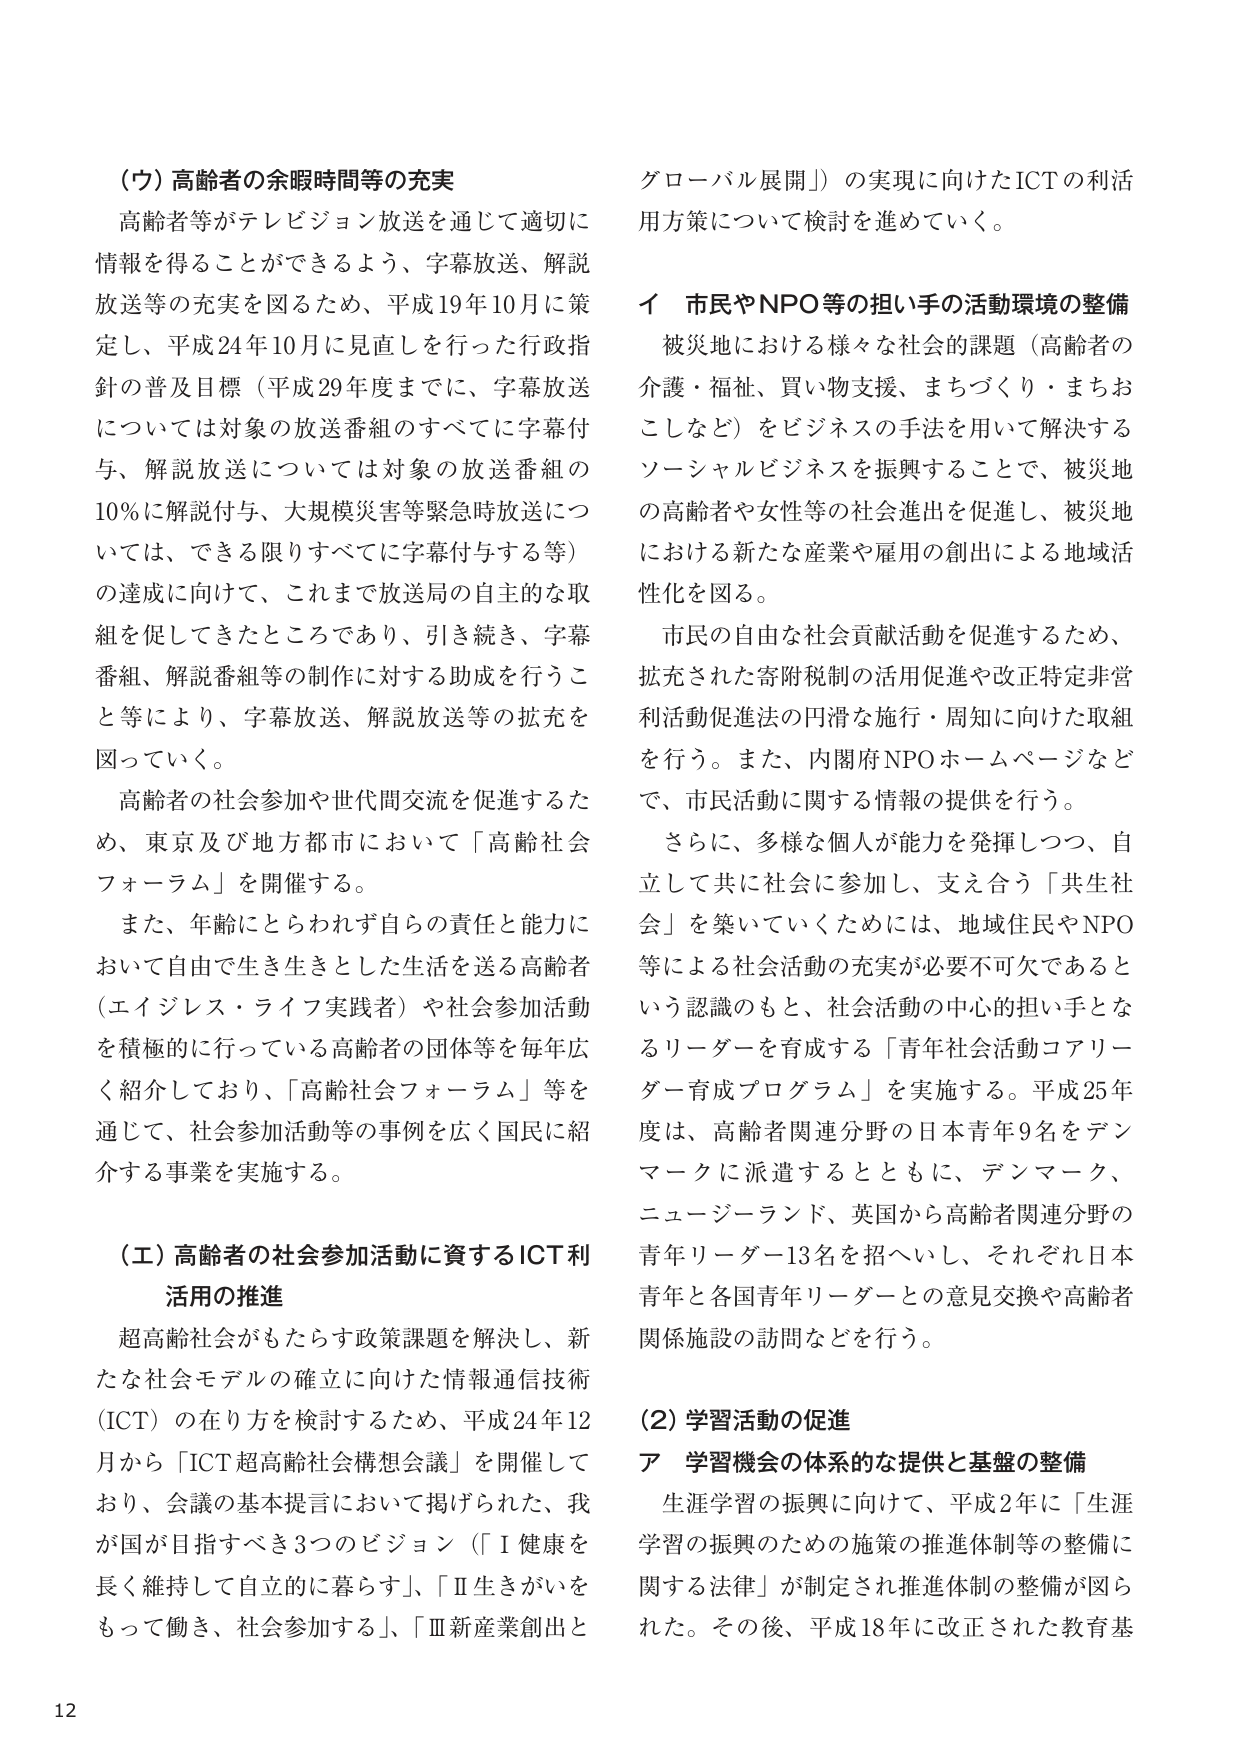
（ウ）高齢者の余暇時間等の充実
高齢者等がテレビジョン放送を通じて適切に
情報を得ることができるよう、字幕放送、解説
放送等の充実を図るため、平成19年10月に策
定し、平成24年10月に見直しを行った行政指
針の普及目標（平成29年度までに、字幕放送
については対象の放送番組のすべてに字幕付
与、解説放送については対象の放送番組の
10％に解説付与、大規模災害等緊急時放送につ
いては、できる限りすべてに字幕付与する等）
の達成に向けて、これまで放送局の自主的な取
組を促してきたところであり、引き続き、字幕
番組、解説番組等の制作に対する助成を行うこ
と等により、字幕放送、解説放送等の拡充を
図っていく。

高齢者の社会参加や世代間交流を促進するた
め、東京及び地方都市において「高齢社会
フォーラム」を開催する。

また、年齢にとらわれず自らの責任と能力に
おいて自由で生き生きとした生活を送る高齢者
（エイジレス・ライフ実践者）や社会参加活動
を積極的に行っている高齢者の団体等を毎年広
く紹介しており、「高齢社会フォーラム」等を
通じて、社会参加活動等の事例を広く国民に紹
介する事業を実施する。

（エ）高齢者の社会参加活動に資するICT利
活用の推進
超高齢社会がもたらす政策課題を解決し、新
たな社会モデルの確立に向けた情報通信技術
（ICT）の在り方を検討するため、平成24年12
月から「ICT超高齢社会構想会議」を開催して
おり、会議の基本提言において掲げられた、我
が国が目指すべき3つのビジョン（「Ⅰ健康を
長く維持して自立的に暮らす」、「Ⅱ生きがいを
もって働き、社会参加する」、「Ⅲ新産業創出と
グローバル展開」）の実現に向けたICTの利活
用方策について検討を進めていく。

イ 市民やNPO等の担い手の活動環境の整備
被災地における様々な社会的課題（高齢者の
介護・福祉、買い物支援、まちづくり・まちお
こしなど）をビジネスの手法を用いて解決する
ソーシャルビジネスを振興することで、被災地
の高齢者や女性等の社会進出を促進し、被災地
における新たな産業や雇用の創出による地域活
性化を図る。

市民の自由な社会貢献活動を促進するため、
拡充された寄附税制の活用促進や改正特定非営
利活動促進法の円滑な施行・周知に向けた取組
を行う。また、内閣府NPOホームページなど
で、市民活動に関する情報の提供を行う。

さらに、多様な個人が能力を発揮しつつ、自
立して共に社会に参加し、支え合う「共生社
会」を築いていくためには、地域住民やNPO
等による社会活動の充実が必要不可欠であると
いう認識のもと、社会活動の中心的担い手とな
るリーダーを育成する「青年社会活動コーリー
ダー育成プログラム」を実施する。平成25年
度は、高齢者関連分野の日本青年9名をデン
マークに派遣するとともに、デンマーク、
ニュージーランド、英国から高齢者関連分野の
青年リーダー13名を招へいし、それぞれ日本
青年と各国青年リーダーとの意見交換や高齢者
関係施設の訪問などを行う。

（2）学習活動の促進
ア 学習機会の体系的な提供と基盤の整備
生涯学習の振興に向けて、平成2年に「生涯
学習の振興のための施策の推進体制等の整備に
関する法律」が制定され推進体制の整備が図ら
れた。その後、平成18年に改正された教育基

12